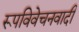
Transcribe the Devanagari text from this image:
रूपविवेचनवादी